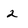
Character: 2